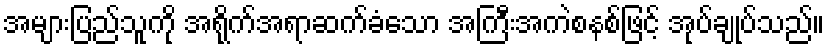
အများပြည်သူကို အရိုက်အရာဆက်ခံသော အကြီးအကဲစနစ်ဖြင့် အုပ်ချုပ်သည်။